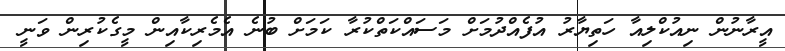
އީރާނުން ނިއުކްލިއާ ހަތިޔާރު އުފެއްދުމަށް މަސައްކަތްކުރާ ކަމަށް ބުނެ އެމެރިކާއިން މީގެކުރިން ވަނީ